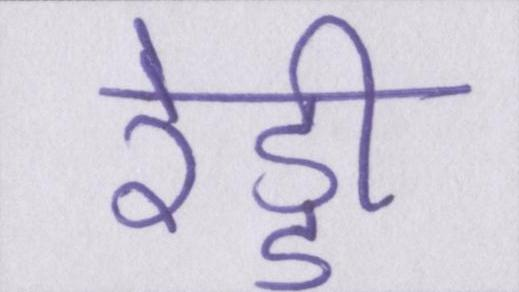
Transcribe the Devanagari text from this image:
रेड्डी